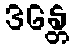
ဒန္တေ